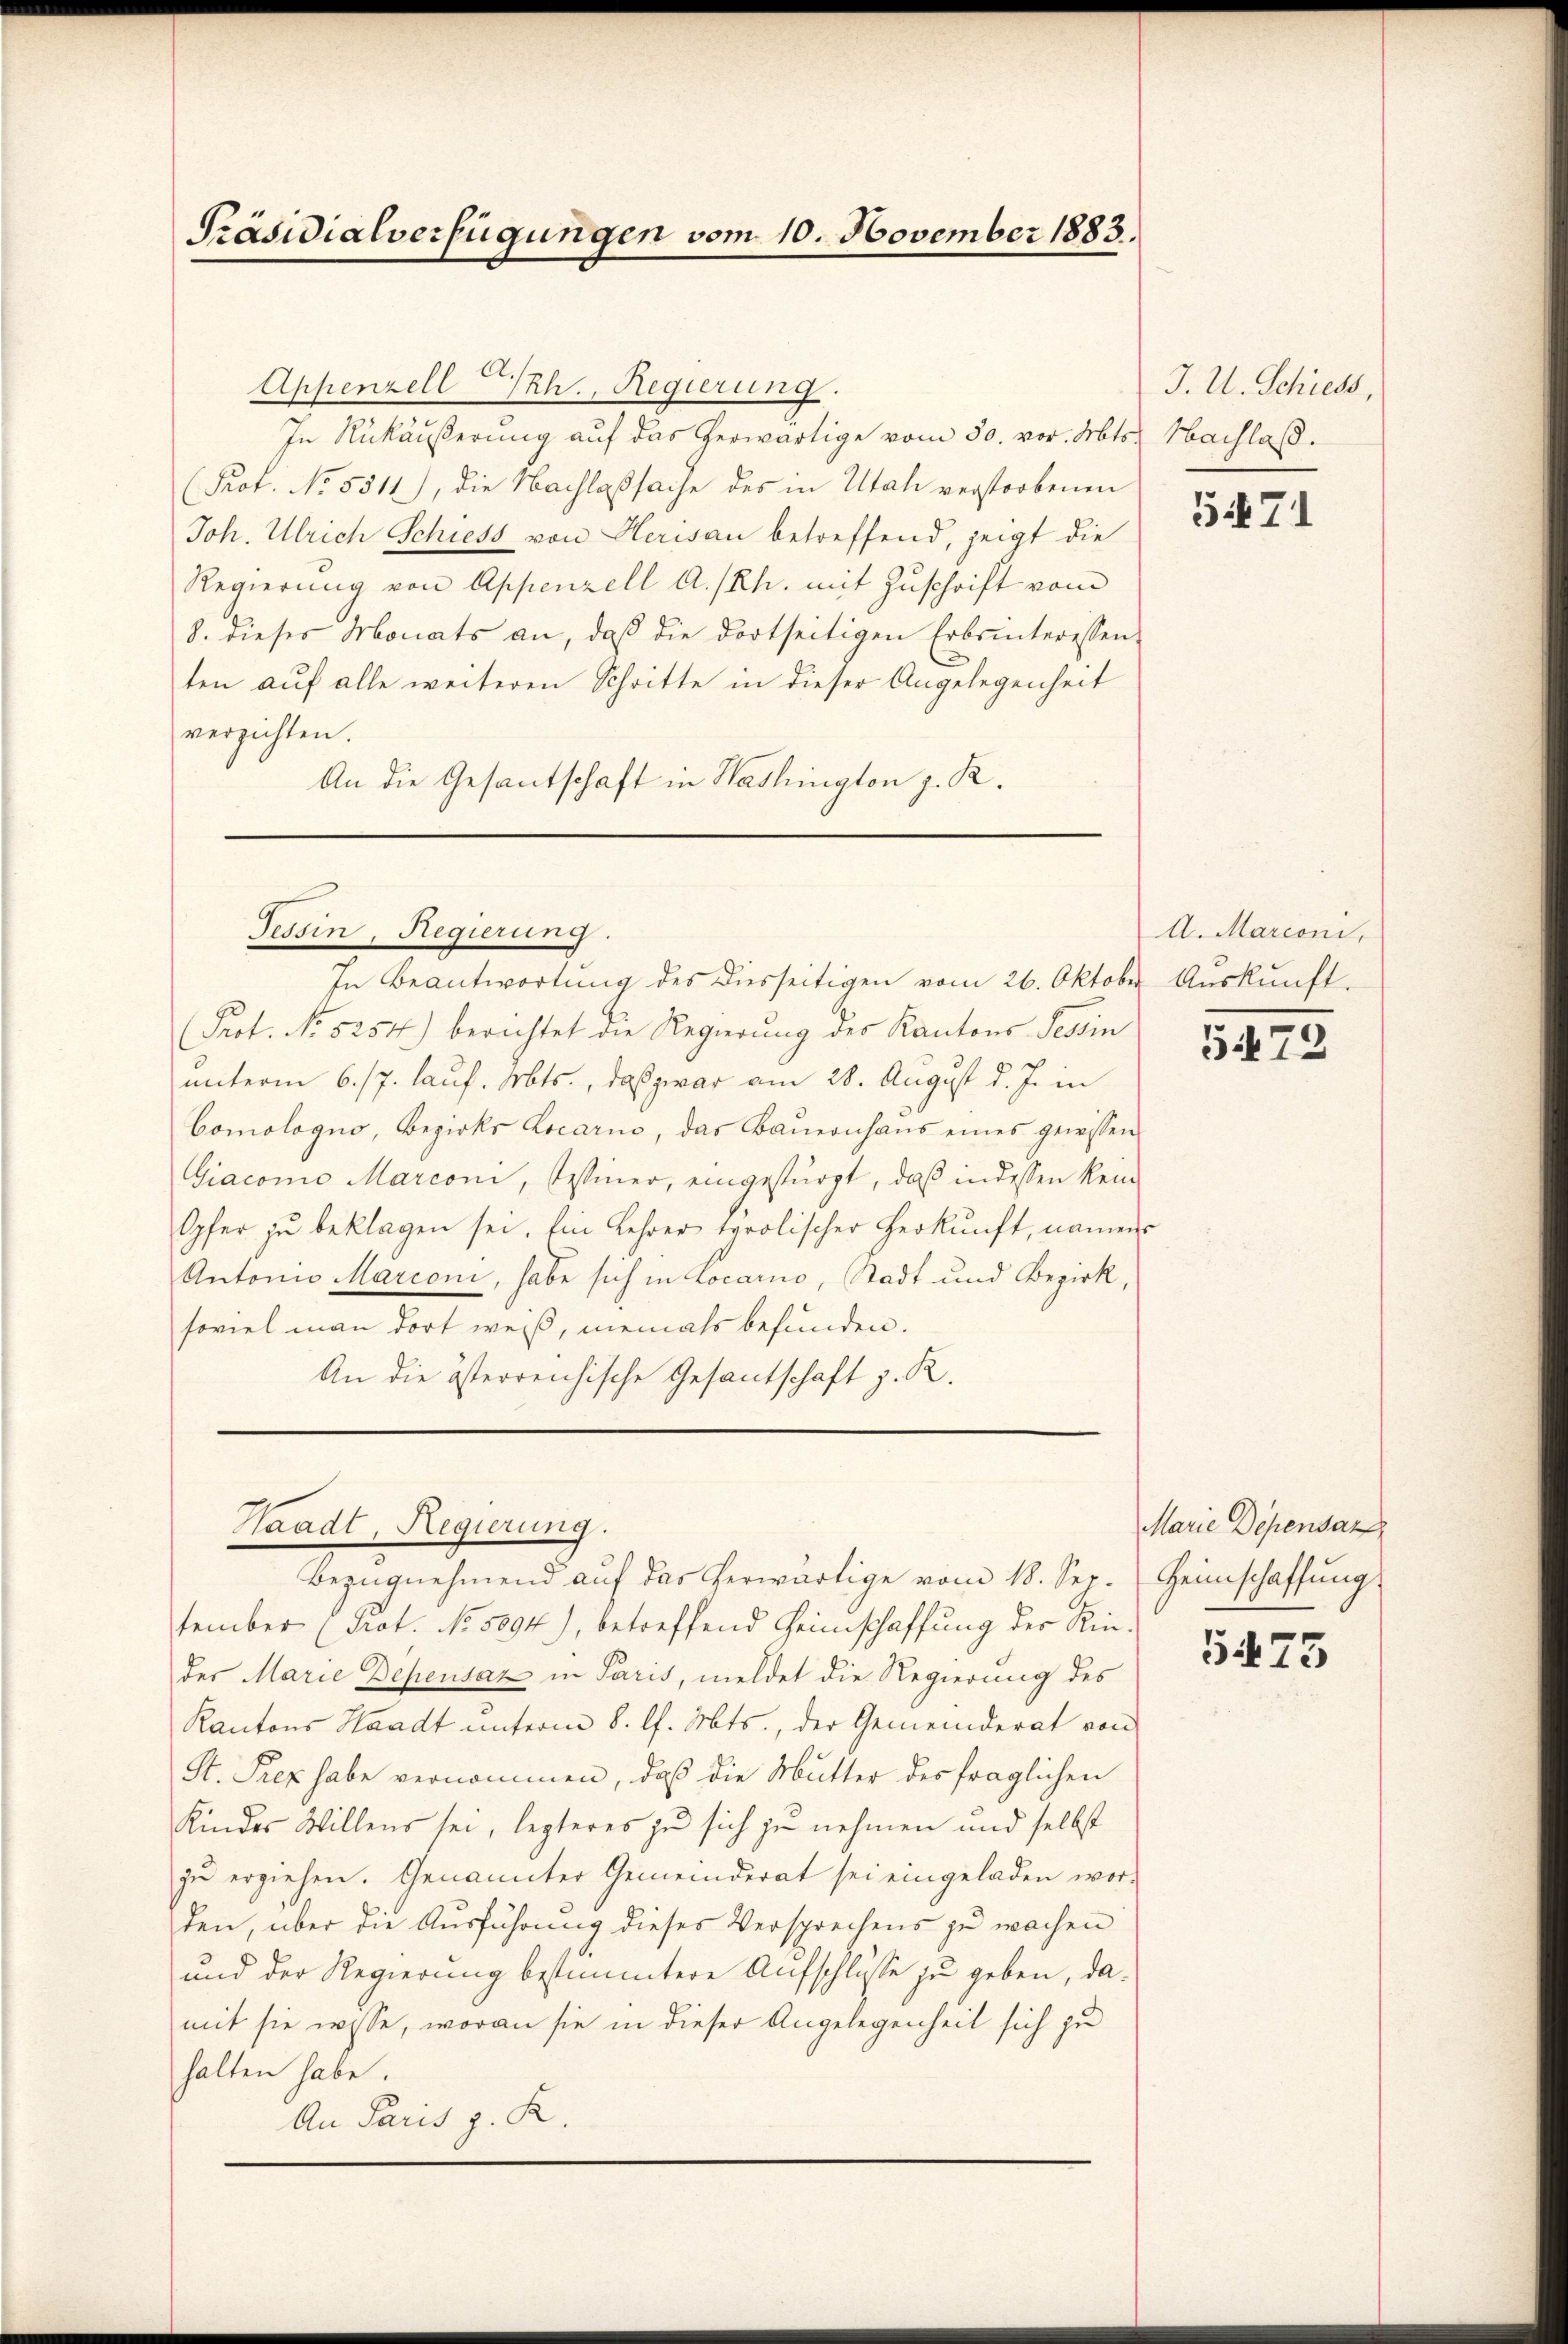
Präsidialverfügungen vom 10. November 1883.

Appenzell IRh., Regierung.
In Rükäußerung auf das herwärtige vom 30. vor. Mts. Nachlaß.
(Prof. No. 5511), die Nachlaßsache des in Utah verstorbenen
Joh. Ulrich Schiess von Herisau betreffend, zeigt die
Regierung von Appenzell A.-Rh. mit Zuschrift vom
8. dieses Monats an, daß die dortseitigen Erbsinteressen-
ten auf alle weiteren Schritte in dieser Angelegenheit
verzichten.
An die Gesantschaft in Washington z. R.

Tessin, Regierung.

In Beantwortung des diesseitigen vom 26. Oktober Auskunft.
Prot. No 5254) berichtet die Regierung der Kantons Tessin
unterm 6./7. lauf. Mts., daß zwar am 28. August d. J. in
Comologno, Bezirks Locarno, das Baŭernhaŭs eines gewissen
Giaconio Marconi, Weiner, eingestürzt, daß in dessen kein¬
Opfer zŭ beklagen sei. Ein Lehrer tarolischer Herkŭnft, namens
Antonio Marconi, habe sich in Locarno, Stadt und Bezirk,
soviel man dort weiß, niemals befunden.
An die österreichische Gesantschaft z. R.

Waadt, Regierung.
Bezŭgnehmend aŭf das herwärtige vom 18. Sep. Heimschaffŭng

tember (Prot. No. 5094), betreffend Heimschaffung der Rin-
der Marie Depensaz in Paris, meldet die Regierung des
Kantons Waadt unterm 8. l. Mts., der Gemeinderat von
St. Prez habe vernommen, daß die Mutter des fraglichen
Kindes Willens sei, legteres zu sich zu nehmen und selbst
zu erziehen. Genannter Gemeinderat sei eingeladen wor-
den, über die Ausführung dieses Versprechens zu machen
und der Regierung bestimmtere Aufschlusse zu geben, damit sie wisse, woran sie in dieser Angelegenheit sich zu
halten habe.
An Paris z. K

J. U. Schiess,

5471

A. Marconi,

5473

Marie Dependan

5475